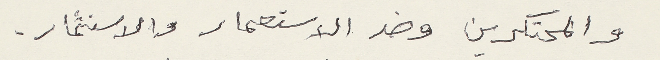
والمحتكرين وضد الاستعمار والاستثمار.